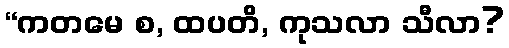
“ကတမေ စ, ထပတိ, ကုသလာ သီလာ?